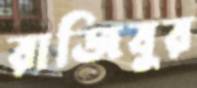
রাজিবুর